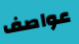
عواصف